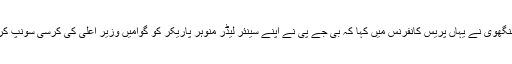
پارٹی کے ترجمان ابھیشیک منوسنگھوی نے یہاں پریس کانفرنس میں کہا کہ بی جے پی نے اپنے سینئر لیڈر منوہر پاریکر کو گوامیں وزیر اعلی کی کرسی سونپ کر انہیں دو دن کا سلطان بنادیا ہے ۔